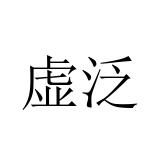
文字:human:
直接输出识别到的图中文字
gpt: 虚泛